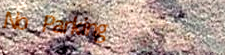
No Parking